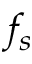
f _ { s }